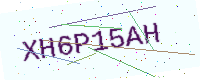
Text: XH6P15AH